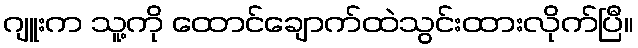
ဂျူးက သူ့ကို ထောင်ချောက်ထဲသွင်းထားလိုက်ပြီ။